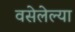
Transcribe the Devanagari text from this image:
वसेलेल्या